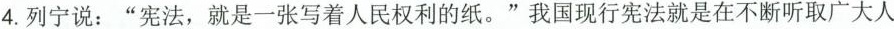
4.列宁说：“宪法，就是一张写着人民权利的纸。”我国现行宪法就是在不断听取广大人